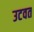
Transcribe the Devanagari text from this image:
उटवत